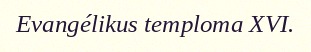
Evangélikus temploma XVI.